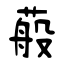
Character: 蒰